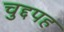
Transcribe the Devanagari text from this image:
चुद्दपह